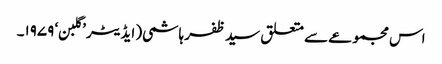
اس مجموعے سے متعلق سید ظفر ہاشمی( ایڈیٹر ’گلبن‘ ۱۹۷۹۔